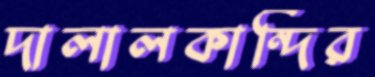
দালালকান্দির